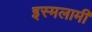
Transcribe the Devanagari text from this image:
इस्मलामी